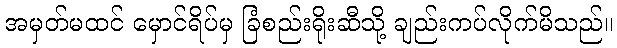
အမှတ်မထင် မှောင်ရိပ်မှ ခြံစည်းရိုးဆီသို့ ချည်းကပ်လိုက်မိသည်။